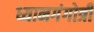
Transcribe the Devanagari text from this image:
ध्यानगंगोत्री